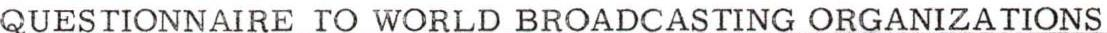
QUESTIONNAIRE TO WORLD BROADCASTING ORGANIZATIONS